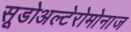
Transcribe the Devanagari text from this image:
सूडोअल्टेरोमोनाज